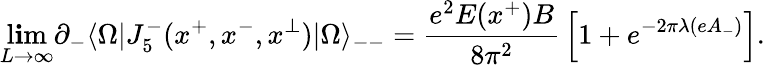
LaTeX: \operatorname*{l\mathbf{i}m}_{L\rightarrow\infty}\partial_{-}\langle\Omega|J_{5}^{-}(x^{+},x^{-},x^{\perp})|\Omega\rangle_{--}={\frac{{e^{2}E(x^{+})B}}{{8\pi^{2}}}}\left[1+e^{-2\pi\lambda(eA_{-})}\right].